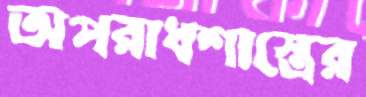
অপরাধশাস্ত্রের